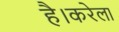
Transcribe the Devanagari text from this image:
है।करेला